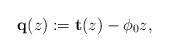
LaTeX: \begin{align*}\mathbf{q}(z):=\mathbf{ t}(z)-\phi_0z,\end{align*}